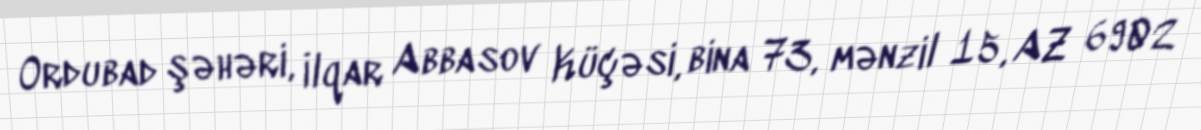
Ordubad şəhəri, İlqar Abbasov Küçəsi, bina 73, mənzil 15, AZ 6902